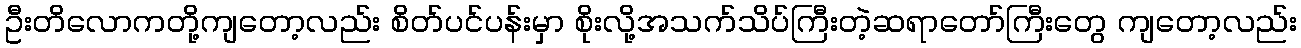
ဦးတိလောကတို့ကျတော့လည်း စိတ်ပင်ပန်းမှာ စိုးလို့အသက်သိပ်ကြီးတဲ့ဆရာတော်ကြီးတွေ ကျတော့လည်း